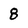
Character: 8